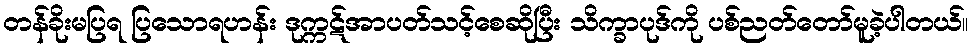
တန်ခိုးမပြရ ပြသောရဟန်း ဒုက္ကဋ်အာပတ်သင့်စေဆိုပြီး သိက္ခာပုဒ်ကို ပစ်ညတ်တော်မူခဲ့ပါတယ်။